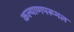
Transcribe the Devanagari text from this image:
कल्याणपरूमल